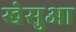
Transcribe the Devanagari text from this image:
खेसुआ